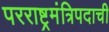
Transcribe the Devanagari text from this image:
परराष्ट्रमंत्रिपदाची